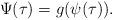
LaTeX: \begin{align*}\Psi(\tau)=g(\psi(\tau)).\end{align*}